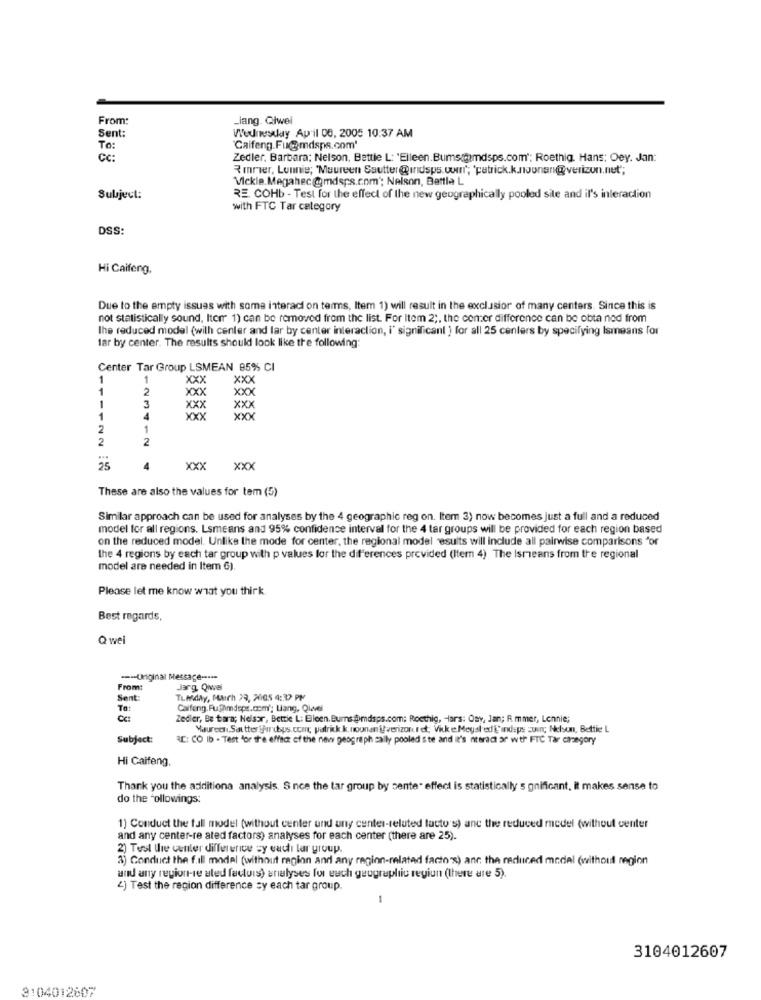
From:
_lang. Giwei
Sent:
Wednesday April 08, 2005 10:37 AM
To:
"Caifeng.Fumdsps.com'
CC:
Zedler. Barbara: Nelson, Bettie L: 'Elleen.Bumsmdsps.com"; Roethig. Hans: Oey. Jan:
Rmrier, Lonnie; "Maureen Ssutter@indsps.uunn'; 'patrick.k.noonan@verizon.net";
Vickie.Megahec@mdsps.com"; Nelson, Bettla L
Subject:
RE. COHb - Test for the effect of the new geographically pooled site and il's interaction
with FTC Tar category
DSS:
Hi Caifeng,
Due to the empty issues with some interact on terms, Item 1) will result in the exclusion of many centers. Since this is
not statistically sound, Itorr 1) can be removed from the list. For Item 2 ;, the comer difference can be obta ned from
The reduced model (wilh center and lar by center interaction, i' significant ) for all 25 centers by specifying Ismeans for
lar by center. The results should look like the following:
Center Tar Group LSMEAN 85% CI
1
xxx
XXX
1
2
xxx
XXX
1
3
XXX
Xxx
1
xxx
xxx
2
2
2
123412
25
4
Xxx
XXX
These are also the values for tem (5)
Similar approach can be used for analyses by the 4 geographic reg on. Item 3) now becomes just a full and a reduced
model for all regions. Lsmeans and 95% confidence interval for the 4 tar groups will be provided for each region based
on the reduced model. Unlike the mode for center, the regional model results will include all pairwise comparisons "or
the 4 regions by each tar group with p values for the differences provided (Itern 4) The Ismeans from the regional
model are needed in Item G).
Please let me know what you think.
Best regards,
Q wei
--- Original Message -----
From:
Jarg, Qwwvel
Sent:
TLMday, MAIch 29, 2005 4:39 PM
TO:
Caifeng.Fu@hmdsps.com'; Liang, Qiwel
Cc:
Zedier, Be tara; Nelsor, Bettie L: Eileen. Bums @mdsps.com; Rocthig, Hars: Osy, Jan; R. mmer, Lennie;
Maureen.Saattter Surdsps.cca, patrick k. noonan @verizon.ret; Vik e.Meyal'ed'indeps :uur; Nelson, Bettie L
Subject:
RE: CO Ib - Test for the effect of the new geograph sally pooled ste and it's nteract ar wth FTC Tar casegory
Hi Caifeng.
Thank you the additiona analysis. Since the tar group by sente" effect is statistically s gnificant, it makes sense to
do the followings:
1) Conduct the fall model (without center und uny center-reluted tacto's) and the reduced medel (without center
and any center-re ated factors) analyses for each center (there are 25).
2) Test the center difference sy sadh lar group.
3) Conduct the fall model (without region and any region-related factos) and the reduced medel (without region
and any region-se aled factuis) analyses for each geographic region (there are 5).
4) Test the region difference sy each tar group.
-
3104012607
3104012607